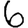
Digit: 6